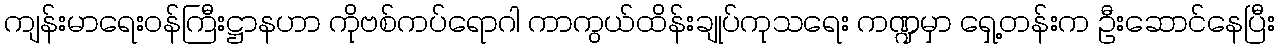
ကျန်းမာရေးဝန်ကြီးဋ္ဌာနဟာ ကိုဗစ်ကပ်ရောဂါ ကာကွယ်ထိန်းချုပ်ကုသရေး ကဏ္ဍမှာ ရှေ့တန်းက ဦးဆောင်နေပြီး